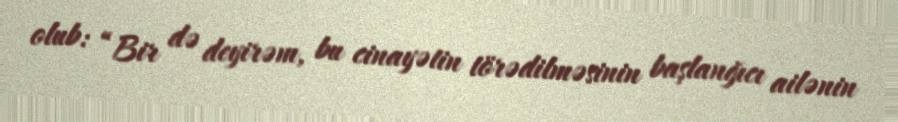
olub: “Bir də deyirəm, bu cinayətin törədilməsinin başlanğıcı ailənin